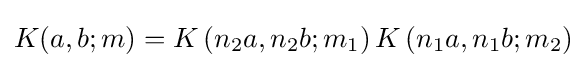
K(a,b;m)=K\left(n_{2}a,n_{2}b;m_{1}\right)K\left(n_{1}a,n_{1}b;m_{2}\right)